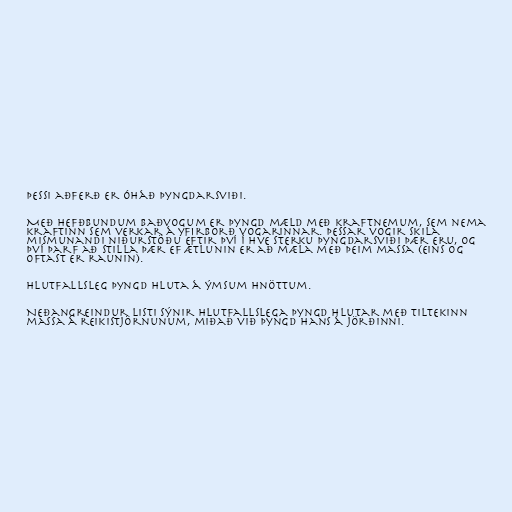
Þessi aðferð er óháð þyngdarsviði.

Með hefðbundum baðvogum er þyngd mæld með kraftnemum, sem nema
kraftinn sem verkar á yfirborð vogarinnar. Þessar vogir skila
mismunandi niðurstöðu eftir því í hve sterku þyngdarsviði þær eru, og
því þarf að stilla þær ef ætlunin er að mæla með þeim massa (eins og
oftast er raunin).

Hlutfallsleg þyngd hluta á ýmsum hnöttum.

Neðangreindur listi sýnir hlutfallslega þyngd hlutar með tiltekinn
massa á reikistjörnunum, miðað við þyngd hans á jörðinni.